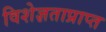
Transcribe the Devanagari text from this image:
विशेज्ञताप्राप्त